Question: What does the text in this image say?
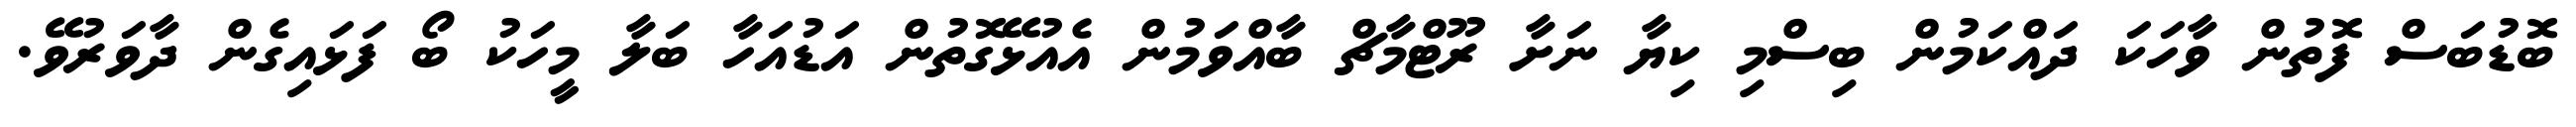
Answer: ބޮޑުބަސް ފޮތުން ވާހަކަ ދައްކަމުން ބިސްމި ކިޔާ ނަށާ ރޫޓްމާޗް ބާއްވަމުން އެއުޅޭގޮތުން އަޑުއަހާ ބަލާ މީހަކު ބޯ ފަޅައިގެން ދާވަރުވޭ.